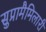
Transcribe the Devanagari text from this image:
सुप्रामैमिलारी